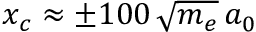
x _ { c } \approx \pm 1 0 0 \, \sqrt { m _ { e } } \, a _ { 0 }